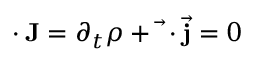
\mathbf { \partial } \cdot \mathbf { J } = \partial _ { t } \rho + { \vec { \mathbf { \nabla } } } \cdot { \vec { \mathbf { j } } } = 0